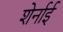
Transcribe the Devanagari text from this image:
शेर्नाई